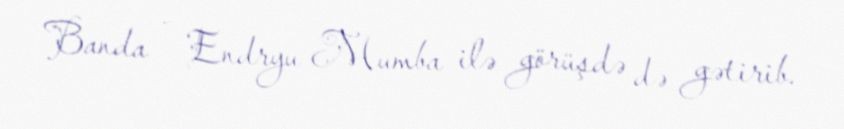
Banda - Endryu Mumba ilə görüşdə də gətirib.